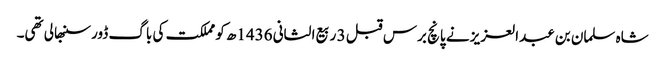
شاہ سلمان بن عبدالعزیز نے پانچ برس قبل 3 ربیع الثانی 1436ھ کو مملکت کی باگ ڈور سنبھالی تھی۔